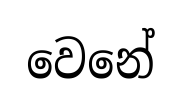
වෙනේ